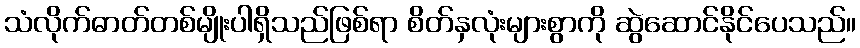
သံလိုက်ဓာတ်တစ်မျိုးပါရှိသည်ဖြစ်ရာ စိတ်နှလုံးများစွာကို ဆွဲဆောင်နိုင်ပေသည်။